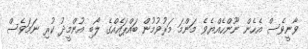
ވާނީވެސް އެހެން ނޫންހެއްޔެވެ މަންމަ މަރުވުމުން ބައްޕައެއްގެ ލޯބި އުންމީދު ކުރި ނަމަވެސް